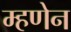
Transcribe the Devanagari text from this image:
म्हणेन